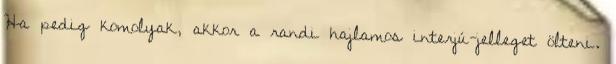
Ha pedig komolyak, akkor a randi hajlamos interjú-jelleget ölteni.